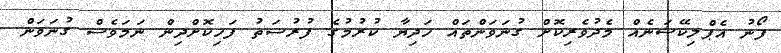
ފޯނު އެޕްލިކޭޝަނެއް މެދުވެރިކޮށް ގުނަވަންތައް ހަދިޔާ ކުރުމުގެ ފުރުސަތު ފަހިކޮށްދިން ނަމަވެސް ގުނަވަން